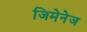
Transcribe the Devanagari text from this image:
जिमेनेज